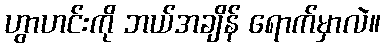
ဟွာဟင်းကို ဘယ်အချိန် ရောက်မှာလဲ။